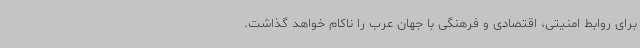
برای روابط امنیتی، اقتصادی و فرهنگی با جهان عرب را ناکام خواهد گذاشت.